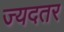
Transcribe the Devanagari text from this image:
ज्यदतर